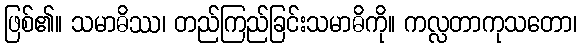
ဖြစ်၏။ သမာဓိဿ၊ တည်ကြည်ခြင်းသမာဓိကို။ ကလ္လတာကုသတော၊